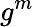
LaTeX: g^{m}